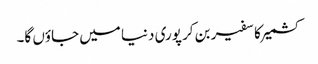
کشمیر کا سفیر بن کر پوری دنیا میں جاؤں گا۔